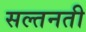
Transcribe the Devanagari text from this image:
सल्तनती